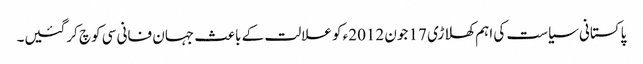
پاکستانی سیاست کی اہم کھلاڑی 17 جون 2012ء کو علالت کے باعث جہان فانی سی کوچ کرگئیں۔